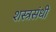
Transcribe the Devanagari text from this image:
शस्त्रसंधी